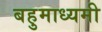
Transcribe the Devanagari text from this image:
बहुमाध्यमी